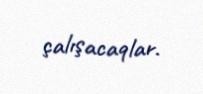
çalışacaqlar.